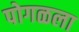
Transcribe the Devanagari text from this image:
पोगळला